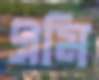
এমি